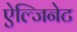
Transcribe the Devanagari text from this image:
ऐल्जिनेट